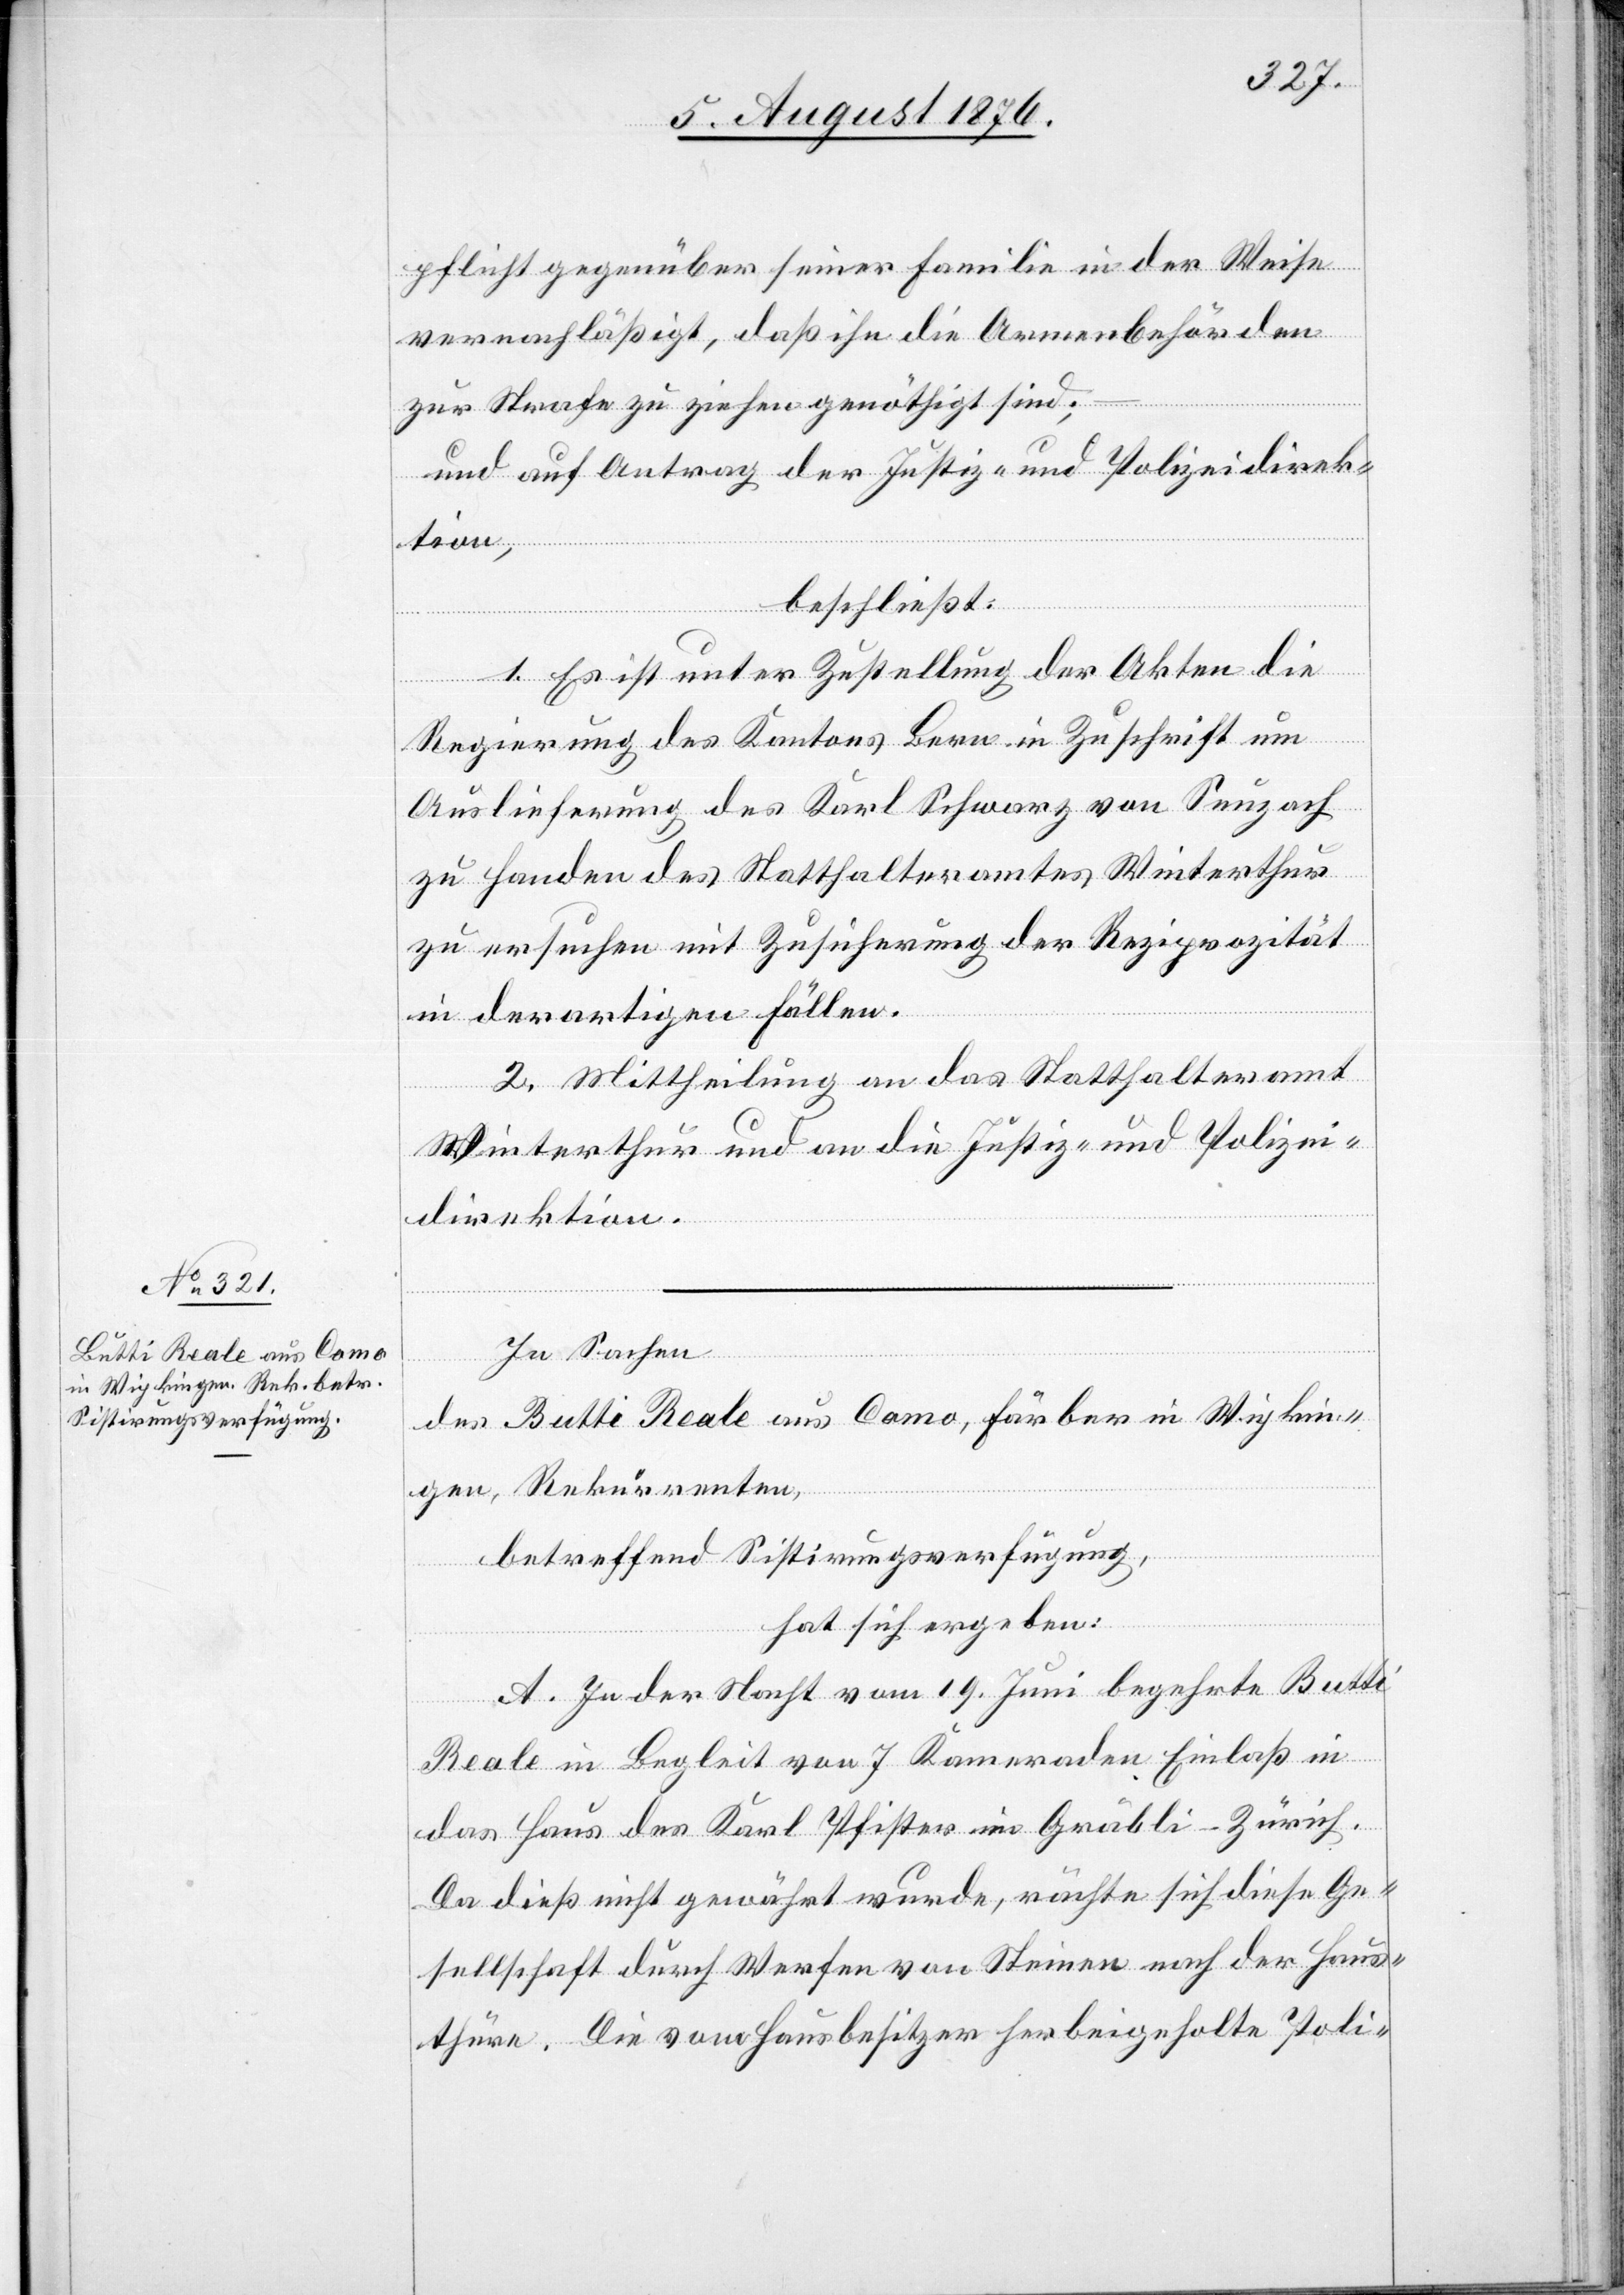
pflicht gegenüber seiner Familie in der Weise
vernachläßigt, daß ihn die Armenbehörden
zur Strafe zu ziehen genöthigt sind;
und auf Antrag der Justiz- und Polizeidirek¬
tion,
beschließt:
1. Es ist unter Zustellung der Akten die
Regierung des Kantons Bern in Zuschrift um
Auslieferung des Karl Schwarz von Seuzach
zu Handen des Statthalteramtes Winterthur
zu ersuchen mit Zusicherung der Reziprozität
in derartigen Fällen.
2. Mittheilung an das Statthalteramt
Winterthur und an die Justiz- und Polizei¬
direktion.
In Sachen
des Butti Reale aus Como, Färber in Wipkin¬
gen, Rekurrenten,
betreffend Sistirungsverfügung,
hat sich ergeben:
A. In der Nacht vom 19. Juni begehrte Butti
Reale in Begleit von 7 Kameraden Einlaß in
das Haus des Karl Pfister im Gräbli - Zürich.
Da dieß nicht gewährt wurde, rächte sich diese Ge¬
sellschaft durch Werfen von Steinen nach der Haus¬
thüre. Die vom Hausbesitzer herbeigeholte Poli-